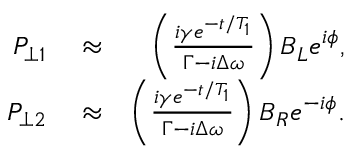
\begin{array} { r l r } { P _ { \perp 1 } } & { { } \approx } & { \left( \frac { i \gamma e ^ { - t / T _ { 1 } } } { \Gamma - i \Delta \omega } \right) B _ { L } e ^ { i \phi } , } \\ { P _ { \perp 2 } } & { { } \approx } & { \left( \frac { i \gamma e ^ { - t / T _ { 1 } } } { \Gamma - i \Delta \omega } \right) B _ { R } e ^ { - i \phi } . } \end{array}